Annual report on the working of the mental hospitals in the Madras Presidency - 1912-1932
Year: 1912
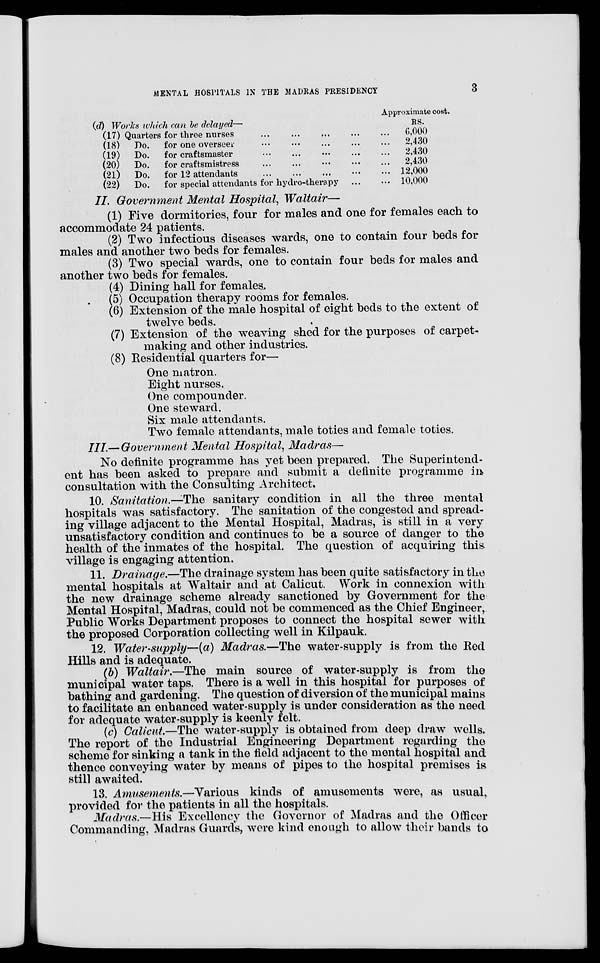
MENTAL HOSPITALS IN THE MADRAS PRESIDENCY
3
(d) Works which can be delayed—
(17) Quarters for three nurses ... ... ... ... ...
(18) Do. for one overseer ... ... ... ... ...
(19) Do. for craftsmaster
...
...
...
...
...
(20) Do. for craftsmistress
...
...
...
...
...
(21) Do. for 12 attendants ... ... ... ... ...
(22) Do. for special attendants for hydro-therapy ... ...
Approximate cost.
RS.
6,000
2,430
2,430
2,430
12,000
10,000
II. Government Mental Hospital, Waltair—
(1) Five dormitories, four for males and one for females each to
accommodate 24 patients.
(2) Two infectious diseases wards, one to contain four beds for
males and another two beds for females.
(3) Two special wards, one to contain four beds for males and
another two beds for females.
(4) Dining hall for females.
(5) Occupation therapy rooms for females.
(6) Extension of the male hospital of eight beds to the extent of
twelve beds.
(7) Extension of the weaving shed for the purposes of carpet-
making and other industries.
(8) Residential quarters for—
One matron.
Eight nurses.
One compounder.
One steward.
Six male attendants.
Two female attendants, male toties and female toties.
III.— Government Mental Hospital, Madras—
No definite programme has yet been prepared. The Superintend-
ent has been asked to prepare and submit a definite programme in
consultation with the Consulting Architect.
10. Sanitation.—The sanitary condition in all the three mental
hospitals was satisfactory. The sanitation of the congested and spread-
ing village adjacent to the Mental Hospital, Madras, is still in a very
unsatisfactory condition and continues to be a source of danger to the
health of the inmates of the hospital. The question of acquiring this
village is engaging attention.
11. Drainage.—The drainage system has been quite satisfactory in the
mental hospitals at Waltair and at Calicut. Work in connexion with
the new drainage scheme already sanctioned by Government for the
Mental Hospital, Madras, could not be commenced as the Chief Engineer,
Public Works Department proposes to connect the hospital sewer with
the proposed Corporation collecting well in Kilpauk.
12. Water-supply—(a) Madras.—The water-supply is from the Red
Hills and is adequate.
(b) Waltair.—The main source of water-supply is from the
municipal water taps. There is a well in this hospital for purposes of
bathing and gardening. The question of diversion of the municipal mains
to facilitate an enhanced water-supply is under consideration as the need
for adequate water-supply is keenly felt.
(c) Calicut.—The water-supply is obtained from deep draw wells.
The report of the Industrial Engineering Department regarding the
scheme for sinking a tank in the field adjacent to the mental hospital and
thence conveying water by means of pipes to the hospital premises is
still awaited.
13. Amusements.—Various kinds of amusements were, as usual,
provided for the patients in all the hospitals.
Madras.—His Excellency the Governor of Madras and the Officer
Commanding, Madras Guards, were kind enough to allow their bands to